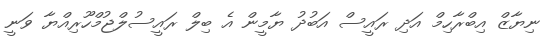
ނިޔާޒް އިބްރާހިމް އަދި ރައީސް އަބުދު ޔާމީން އެ ބިލް ރައީސުލްޖުމްހޫރިއްޔާ ވަނީ